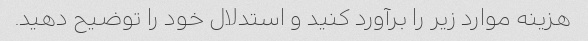
هزینه موارد زیر را برآورد کنید و استدلال خود را توضیح دهید.